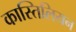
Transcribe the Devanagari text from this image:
कास्तिलियन